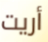
أريت